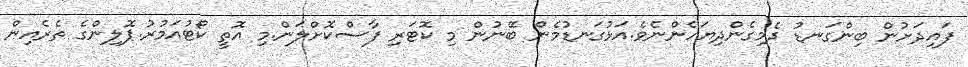
ފައިދަށުން ބިންގަނޑު ދެމިގެންދިޔަހެންނެވެ.އަޅުގަނޑުމެން ބޭނުން މި ކޮޓަރި ފާސްކޮށްލަން.މި އޮތީ ކޯޓުއަމުރު.ޕޮލިންގެ ތެރެއިން